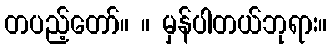
တပည့်တော်။ ။ မှန်ပါတယ်ဘုရား။